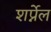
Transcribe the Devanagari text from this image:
शर्प्नेल